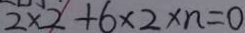
2 \times 2 + 6 \times 2 \times n = 0